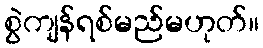
စွဲကျန်ရစ်မည်မဟုတ်။